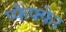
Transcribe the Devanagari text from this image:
प्फेफ्फेर